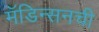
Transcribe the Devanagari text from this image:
मॅडिन्सनची